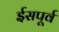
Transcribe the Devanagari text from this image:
ईसपूर्व